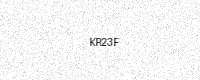
Text: KR23F